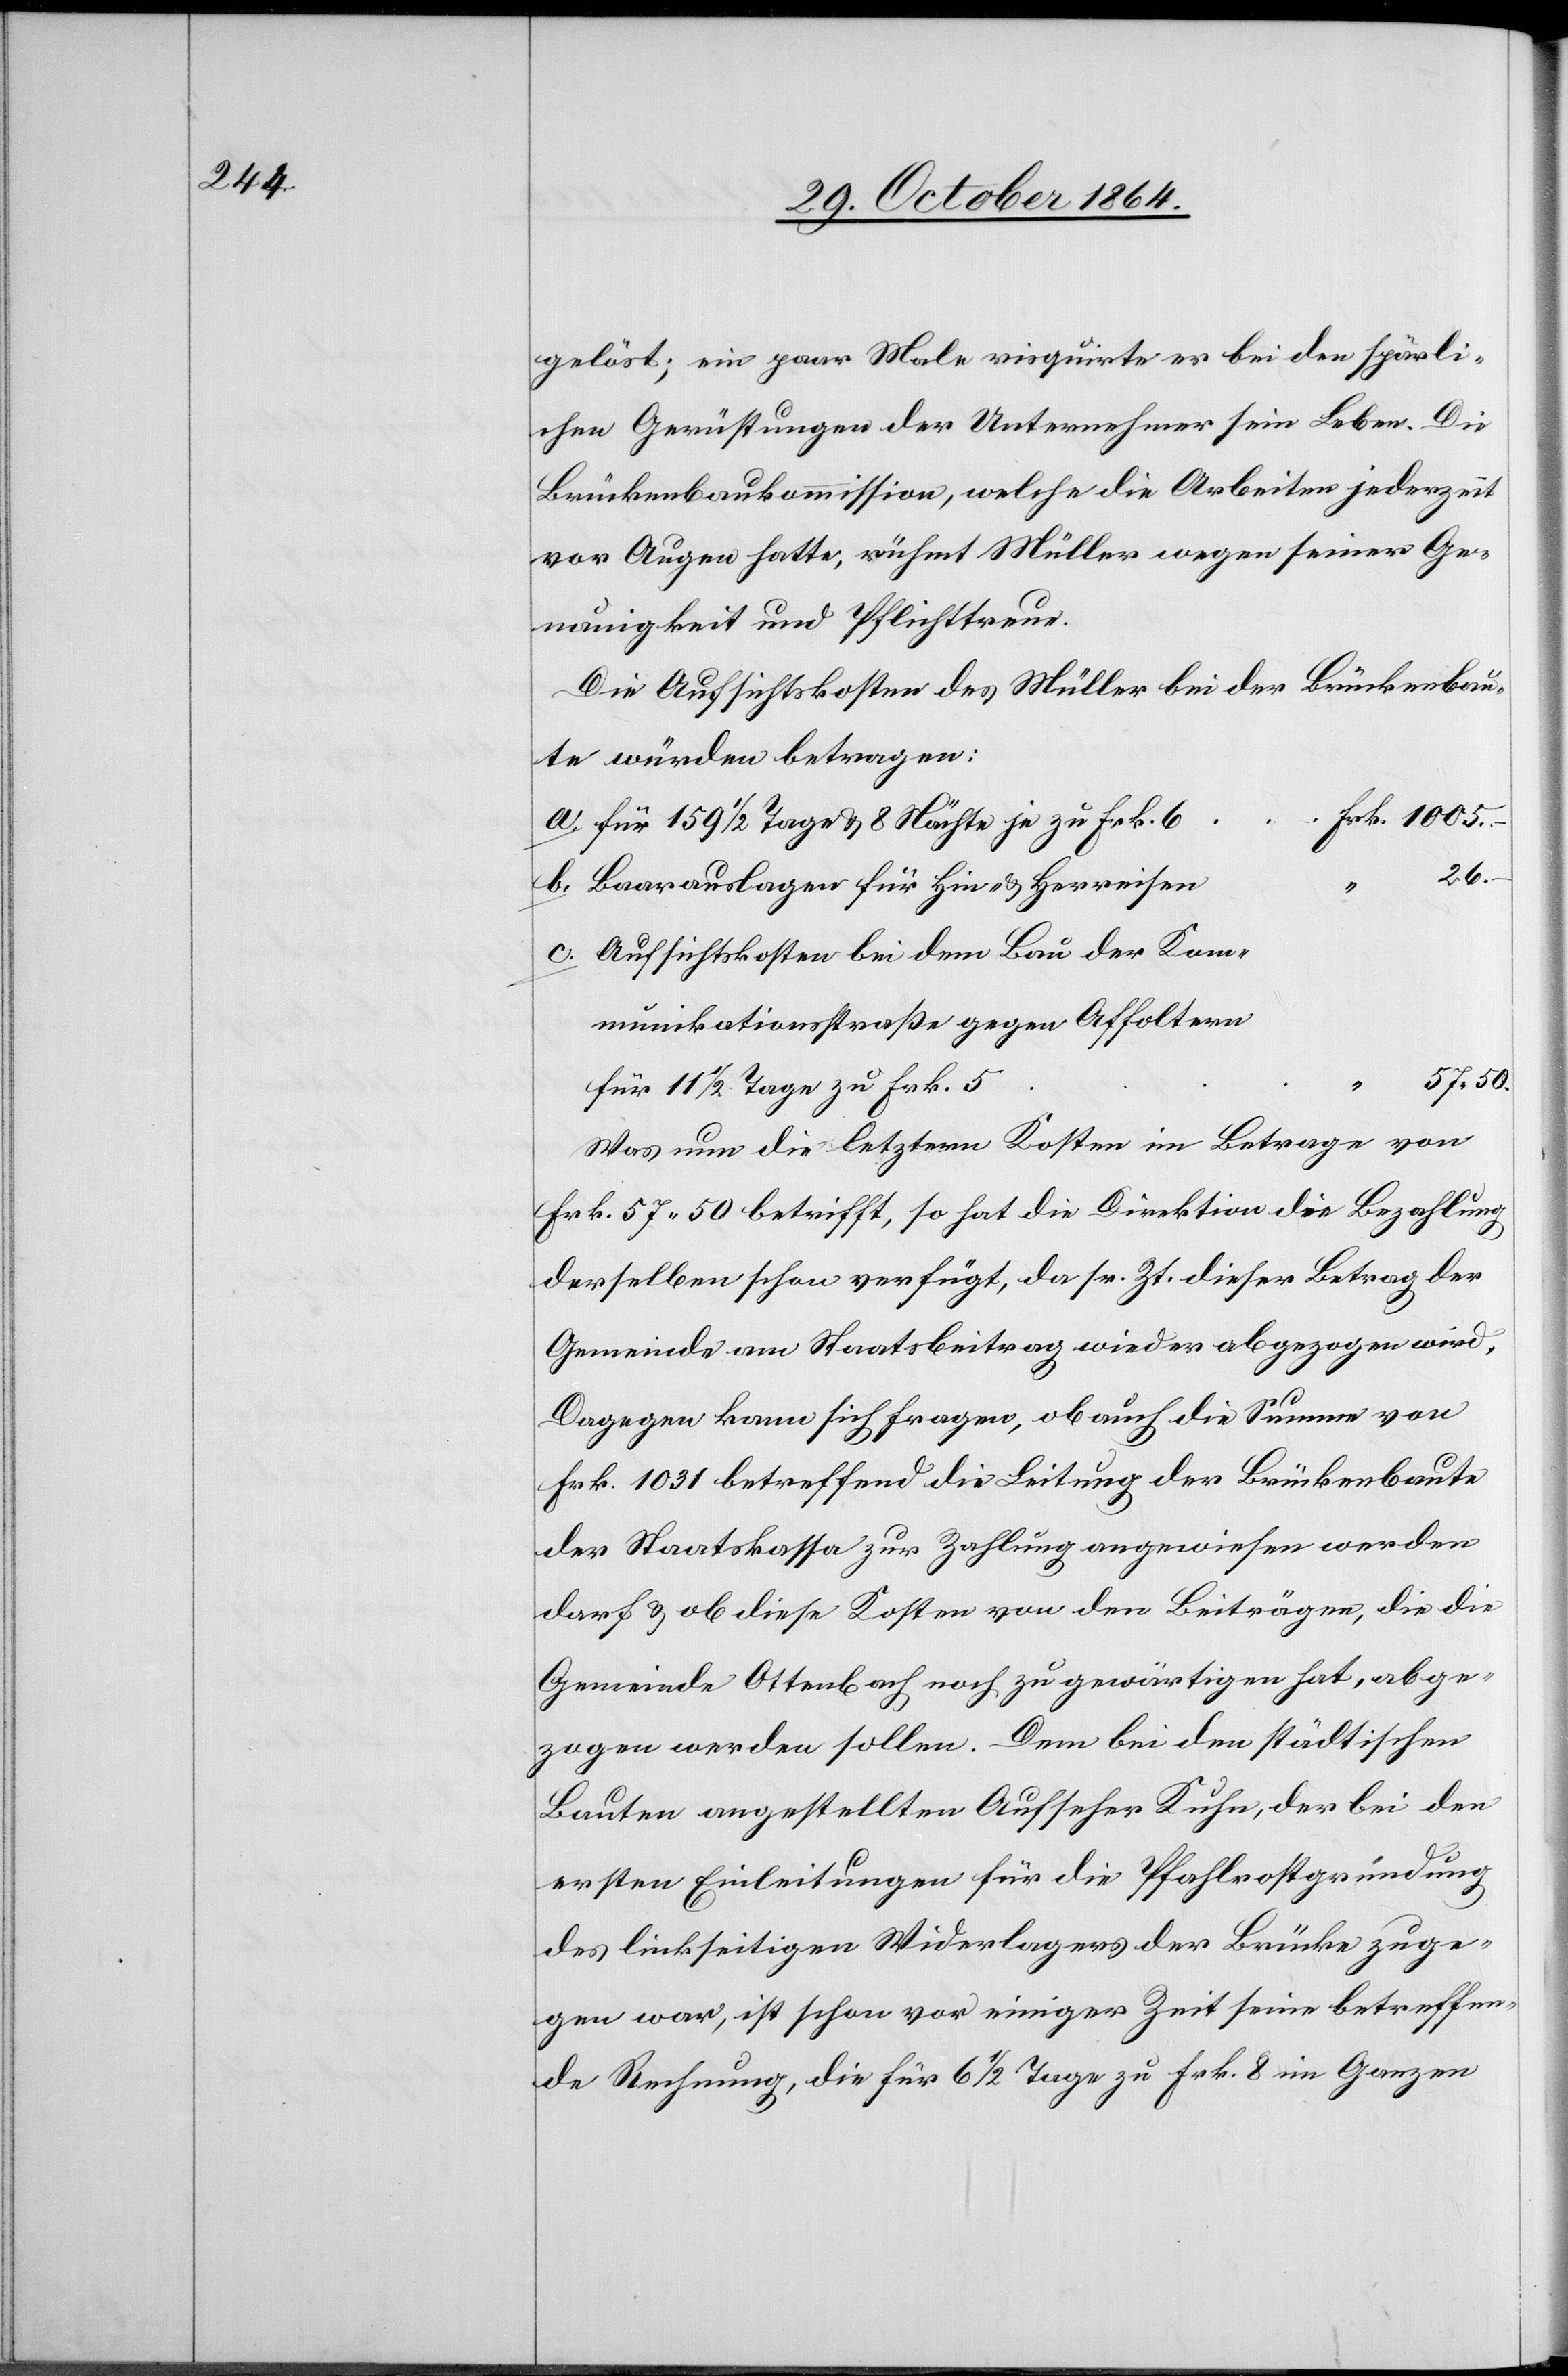
gelöst; ein paar Male risquirte er bei den spärli¬
chen Gerüstungen der Unternehmer sein Leben. Die
Brückenbaukommission, welche die Arbeiten jederzeit
vor Augen hatte, rühmt Müller wegen seiner Ge¬
nauigkeit und Pflichttreue.
Die Aufsichtskosten des Müller bei der Brückenbau¬
te würden betragen:
Für 159 1/2 Tage & 8 Nächte je zu Frk. 6
b.
Baarauslagen für Hin- & Herreisen
26. –
Aufsichtskosten bei dem Bau der Kom¬
munikationsstraße gegen Affoltern
57.50.
für 11 1/2 Tage zu Frk. 5
Was nun die letztern Kosten im Betrage von
Frk. 57.50 betrifft, so hat die Direktion die Bezahlung
derselben schon verfügt, da sr. Zt. dieser Betrag der
Gemeinde am Staatsbeitrag wieder abgezogen wird.
a.
Dagegen kann sich fragen, ob auch die Summe von
Frk. 1031 betreffend die Leitung der Brückenbaute
der Staatskasse zur Zahlung angewiesen werden
darf & ob diese Kosten von den Beiträgen, die die
Gemeinde Ottenbach noch zu gewärtigen hat, abge¬
zogen werden sollen. Dem bei den städtischen
Bauten angestellten Aufseher Kuhn, der bei den
ersten Einleitungen für die Pfahlrostgründung
des linkseitigen Widerlagers der Brücke zuge¬
gen war, ist schon vor einiger Zeit seine betreffen¬
de Rechnung, die für 6 1/2 Tage zu Frk. 8 im Ganzen